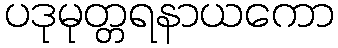
ပဒုမုတ္တရနာယကော